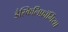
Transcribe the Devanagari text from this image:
डैस्किलिफ़ॉर्मिया